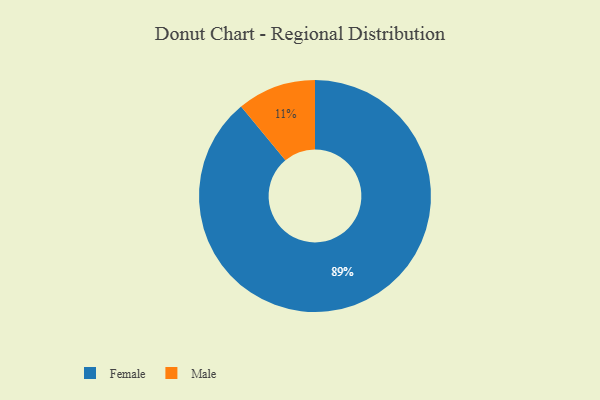
{"axis": {"x": "Category", "y": "Percentage"}, "legend": ["Female", "Male"], "data": [{"x": "Male", "y": 11, "type": "Male"}, {"x": "Female", "y": 89, "type": "Female"}]}